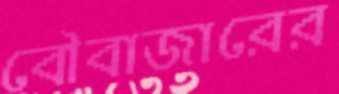
বৌবাজারের